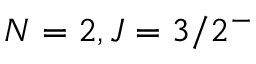
N = 2 , J = 3 / 2 ^ { - }